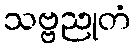
သဗ္ဗညုတံ